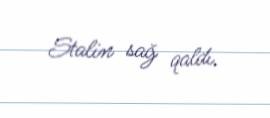
Stalin sağ qaldı.